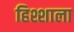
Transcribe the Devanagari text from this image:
हिश्शाला